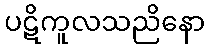
ပဋိကူလသညိနော